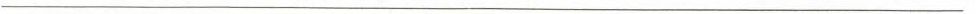
___